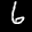
Label: 6